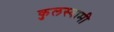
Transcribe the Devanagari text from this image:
कुुलस्वामी